system: You are a helpful assistant.
user:
Analyze the provided spectrum to determine if it is a **M-type Giant (gM)**.

A M-type Giant spectrum is defined by its **strong molecular absorption** features, particularly from **Titanium Oxide (TiO)**. You must check for one of the following mutually exclusive signatures:

- **Key Visual Indicators (Absorption-Dominated Spectrum):**

    - **(Primary):** The spectrum is dominated by strong molecular absorption from **Titanium Oxide (TiO)**. This is the **defining feature** of its M-type temperature class.
        - **(Key Bandheads):** Look for sharp, "saw-tooth" absorption valleys. The strongest are located near **~7050 Å**, **~6160 Å**, and **~5170 Å**.
        - **(Line Profile):** The "saw-tooth" morphology is critical: a **sharp, steep drop on the BLUE (short-wavelength) side** of the bandhead, followed by a gradual recovery (rising flux) towards the RED (long-wavelength) side.

    - **(Key Confirmation - Giant vs. Dwarf):** **ABSENCE** of strong **Calcium Hydride (CaH)** molecular bands. This is the primary diagnostic for *excluding* M-dwarfs.
        - **(Key Region):** The spectrum should lack the strong, broad absorption band seen in dwarfs between **~6800 Å and ~7000 Å**.

    - **(Secondary Confirmation - Giant):** A very strong and broad **Neutral Calcium (Ca I)** atomic absorption line.
        - **(Key Line):** Located at **~4226 Å**. In a giant (gM), this line is significantly deeper and broader than the same line in an M-dwarf (dM) due to low surface gravity.

    - **(Overall Spectrum):**
        - The continuum is **extremely red-sloping** (i.e., flux is very low in the blue and rises dramatically towards the red).
        - The entire spectrum appears "chopped up" by the deep TiO bands.

Think first, call **spectral_visualization_tool** if needed to examine features in detail, then provide your final answer. Your response must adhere to the following strict rules:
1.  **Overall Structure:** Your response must follow the format `<think>...</think> <tool_call>...</tool_call> (if a tool is used) <answer>...</answer>`.
2.  **Tool Usage Constraint:** You may only make **one** tool call per turn.
3.  **Final Answer Format:** In the `<answer>` tag, your conclusion must be inside a `\boxed{}` command (e.g., `\boxed{YES}` or `\boxed{NO}`), followed by your justification.

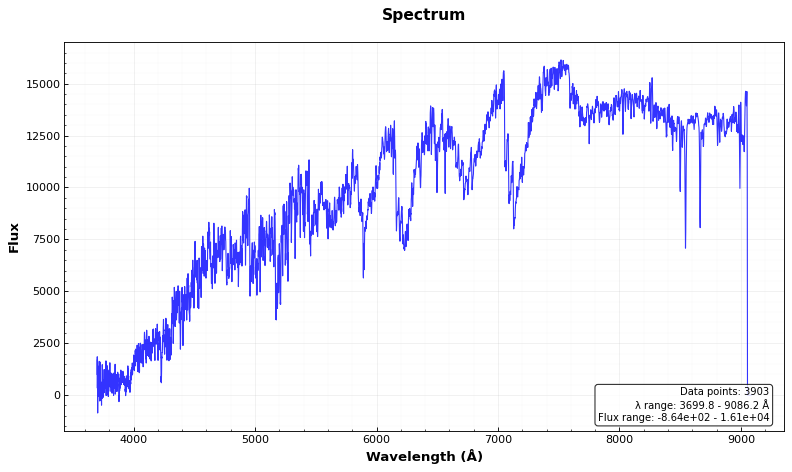
Answer: YES